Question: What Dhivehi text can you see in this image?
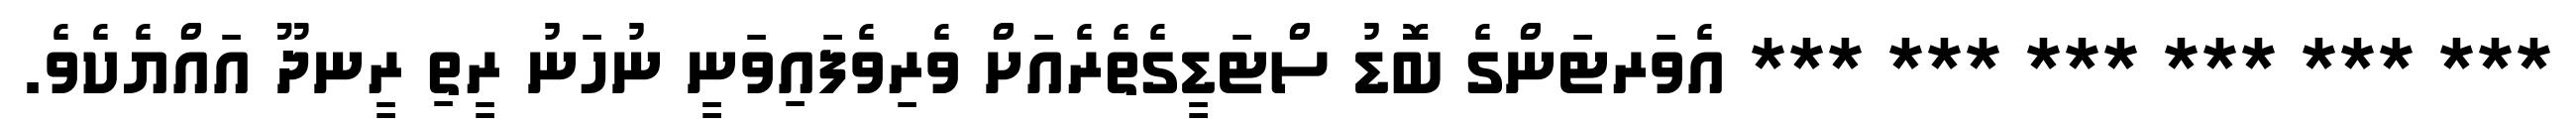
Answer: *** *** *** *** *** *** އެވަރޓަންގެ ބޮޑު ސްޓަޑީގެތެރެއަށް ވެރިވެފައިވަނީ ނުހަނު ރީތި ރީނދޫ އައްޔެކެވެ.